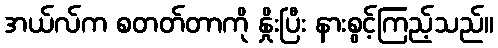
အယ်လ်က စတတ်တာကို နှိုးပြီး နားစွင့်ကြည့်သည်။